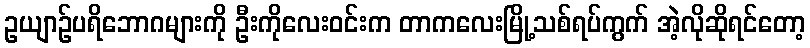
ဥယျာဉ်ပရိဘောဂများကို ဦးကိုလေးဝင်းက တာကလေးမြို့သစ်ရပ်ကွက် အဲ့လိုဆိုရင်တော့